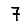
Digit: 7